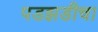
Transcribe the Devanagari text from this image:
पडझडीचा